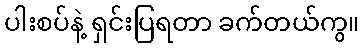
ပါးစပ်နဲ့ ရှင်းပြရတာ ခက်တယ်ကွ။